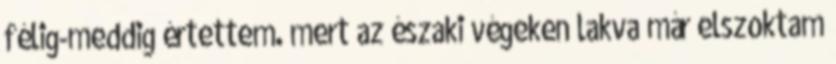
félig-meddig értettem. mert az északi végeken lakva már elszoktam